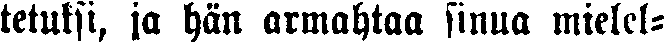
tetuksi, ja hän armahtaa sinua mielel-